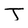
Character: T